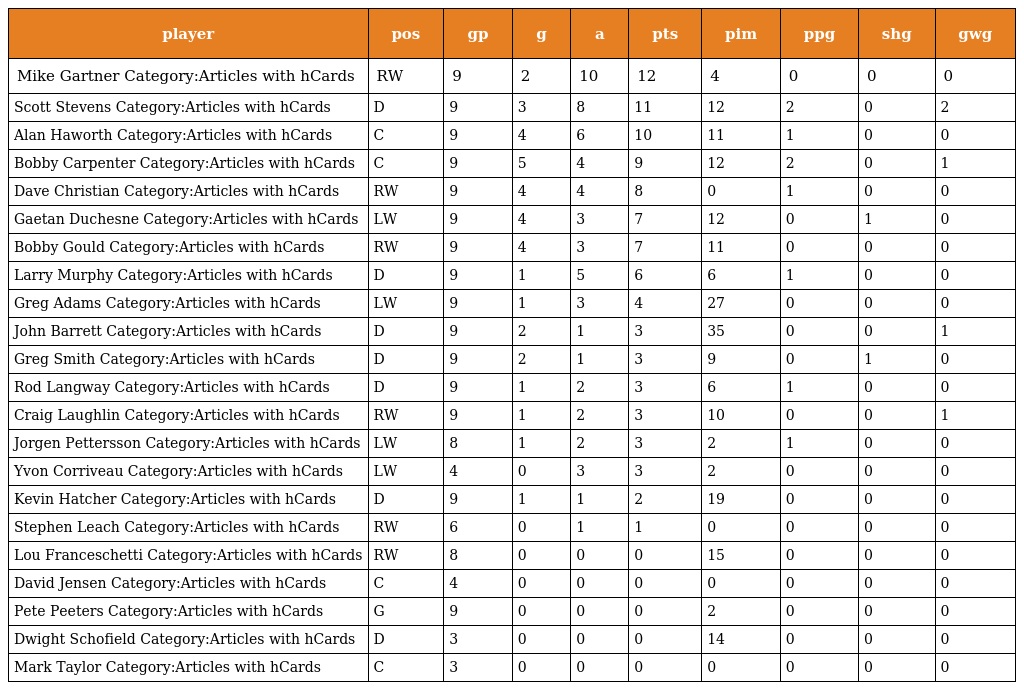
| player | pos | gp | g | a | pts | pim | ppg | shg | gwg |
 | --- | --- | --- | --- | --- | --- | --- | --- | --- | --- |
 | Mike Gartner Category:Articles with hCards | RW | 9 | 2 | 10 | 12 | 4 | 0 | 0 | 0 |
 | Scott Stevens Category:Articles with hCards | D | 9 | 3 | 8 | 11 | 12 | 2 | 0 | 2 |
 | Alan Haworth Category:Articles with hCards | C | 9 | 4 | 6 | 10 | 11 | 1 | 0 | 0 |
 | Bobby Carpenter Category:Articles with hCards | C | 9 | 5 | 4 | 9 | 12 | 2 | 0 | 1 |
 | Dave Christian Category:Articles with hCards | RW | 9 | 4 | 4 | 8 | 0 | 1 | 0 | 0 |
 | Gaetan Duchesne Category:Articles with hCards | LW | 9 | 4 | 3 | 7 | 12 | 0 | 1 | 0 |
 | Bobby Gould Category:Articles with hCards | RW | 9 | 4 | 3 | 7 | 11 | 0 | 0 | 0 |
 | Larry Murphy Category:Articles with hCards | D | 9 | 1 | 5 | 6 | 6 | 1 | 0 | 0 |
 | Greg Adams Category:Articles with hCards | LW | 9 | 1 | 3 | 4 | 27 | 0 | 0 | 0 |
 | John Barrett Category:Articles with hCards | D | 9 | 2 | 1 | 3 | 35 | 0 | 0 | 1 |
 | Greg Smith Category:Articles with hCards | D | 9 | 2 | 1 | 3 | 9 | 0 | 1 | 0 |
 | Rod Langway Category:Articles with hCards | D | 9 | 1 | 2 | 3 | 6 | 1 | 0 | 0 |
 | Craig Laughlin Category:Articles with hCards | RW | 9 | 1 | 2 | 3 | 10 | 0 | 0 | 1 |
 | Jorgen Pettersson Category:Articles with hCards | LW | 8 | 1 | 2 | 3 | 2 | 1 | 0 | 0 |
 | Yvon Corriveau Category:Articles with hCards | LW | 4 | 0 | 3 | 3 | 2 | 0 | 0 | 0 |
 | Kevin Hatcher Category:Articles with hCards | D | 9 | 1 | 1 | 2 | 19 | 0 | 0 | 0 |
 | Stephen Leach Category:Articles with hCards | RW | 6 | 0 | 1 | 1 | 0 | 0 | 0 | 0 |
 | Lou Franceschetti Category:Articles with hCards | RW | 8 | 0 | 0 | 0 | 15 | 0 | 0 | 0 |
 | David Jensen Category:Articles with hCards | C | 4 | 0 | 0 | 0 | 0 | 0 | 0 | 0 |
 | Pete Peeters Category:Articles with hCards | G | 9 | 0 | 0 | 0 | 2 | 0 | 0 | 0 |
 | Dwight Schofield Category:Articles with hCards | D | 3 | 0 | 0 | 0 | 14 | 0 | 0 | 0 |
 | Mark Taylor Category:Articles with hCards | C | 3 | 0 | 0 | 0 | 0 | 0 | 0 | 0 |